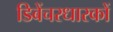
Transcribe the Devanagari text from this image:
डिबेंचरधारकों